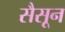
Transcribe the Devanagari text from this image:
सैसून